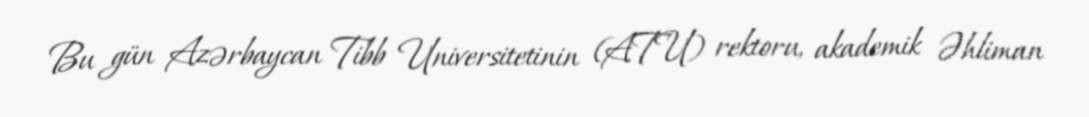
Bu gün Azərbaycan Tibb Universitetinin (ATU) rektoru, akademik Əhliman